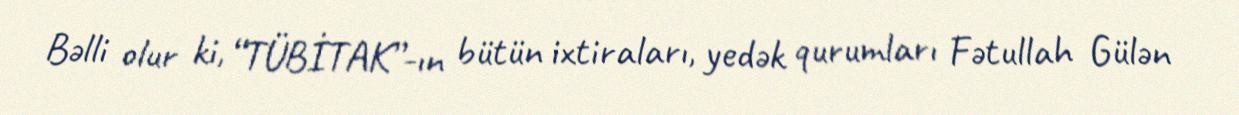
Bəlli olur ki, “TÜBİTAK”-ın bütün ixtiraları, yedək qurumları Fətullah Gülən